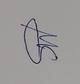
Signature authenticity: genuine